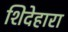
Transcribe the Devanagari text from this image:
शिदेहारा